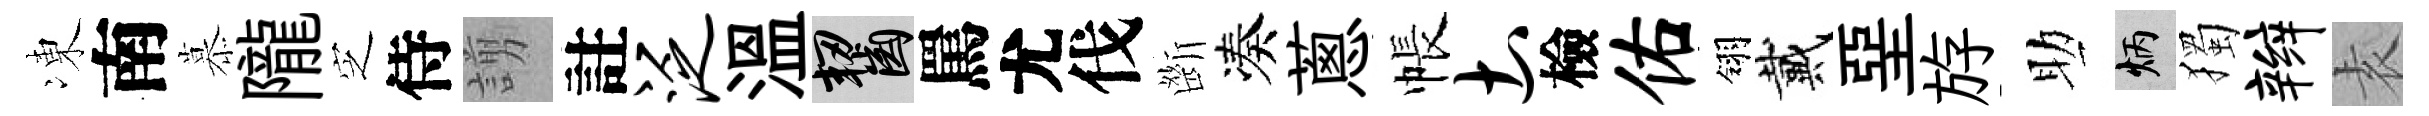
凍南慕隴㝎侍謭註泛溫齧罵尤伐㫁凑蔥帳土檢佑翎戴堊斿助炳獨辫𡊮